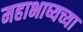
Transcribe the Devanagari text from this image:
महाभाष्यच्या